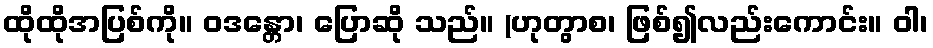
ထိုထိုအပြစ်ကို။ ဝဒန္တော၊ ပြောဆို သည်။ (ဟုတွာစ၊ ဖြစ်၍လည်းကောင်း။ ဝါ၊